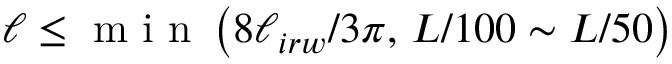
\ell \leq \mathrm { ~ m ~ i ~ n ~ } \left( 8 \ell _ { i r w } / 3 \pi , \, L / 1 0 0 \sim L / 5 0 \right)